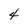
Character: 4